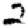
Digit: 2